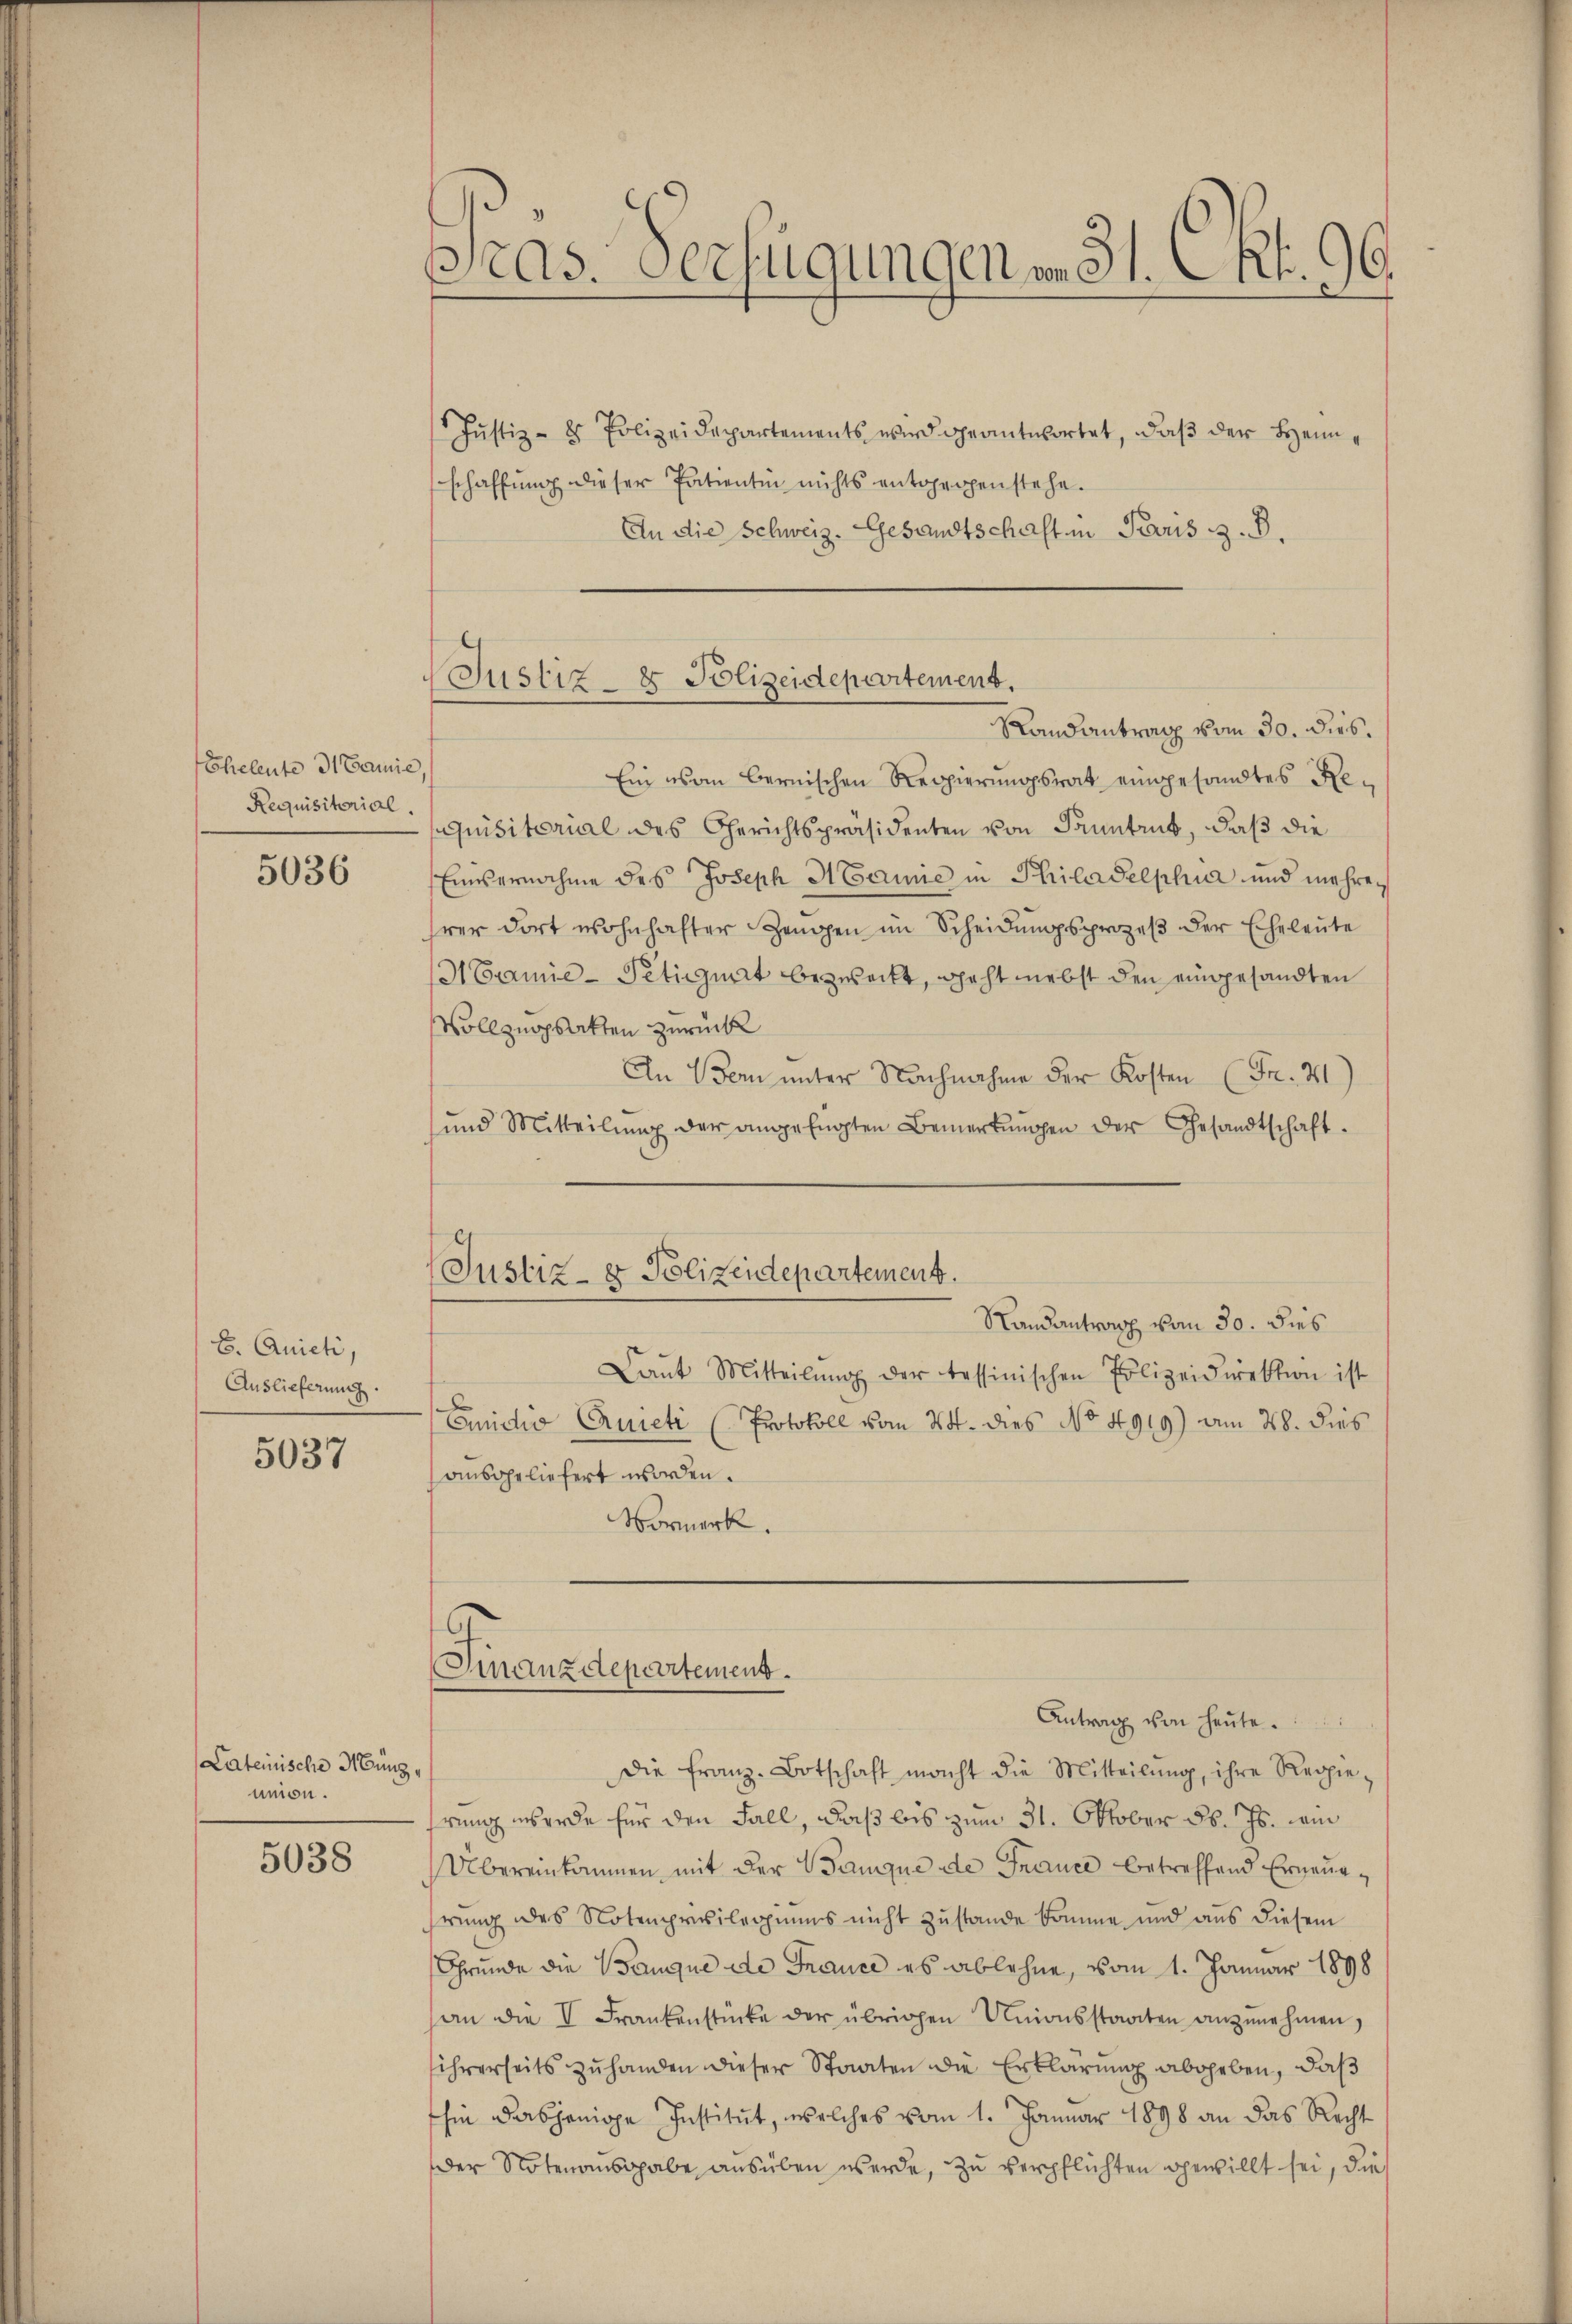
Eheleute 31 Bamie
Requisitorial.

5036

B. Quicti,
Auslieferung.

5037

Lateinische Münzunion.

5038

pnas. Verfügungen vom 31. Okt. 96.

Jŭstiz- & Polizeidepartements wird geantwortet, daβ der Heimschaffŭng dieser Patientin nichts entgegenstehe.
An die Schweiz. Gesandtschaft in Paris z. B.

Justiz- & Polizeidepartement.
Randantrag vom 30. dies.

Ein von Bernischen Regierungsrat eingesandtes Requisitorial des Gerichtspräsidenten von Sanntrut, daß die
Einvernahme des Joseph Hainie in Philadelphia und mehrer
hrer dort wohnhafter Zeugen im Scheidungsprozeβ der Eheleute
H Camie-Petitut bezweckt, geht nebst den eingesandten
Vollzuopsakten zurückl
An Bern unter Nachnahme der Kosten (Fr. 31)
und Mitteilŭng der angefügten Bemerkŭngen der Gesandtschaft-
Justiz- & Polizeidepartement.
Randantrag vom 30. dies
Laut Mitteilŭng der tessinischen Polizeidirektion ist
Emidio Quicti (Protokoll vom 24. dies No 4919) am 28. dies
ausgeliefert worden.
Vormerk.

Finanzdepartement.

Antrag von heute.
die franz-Botschaft macht die Mitteilŭng, ihre Regie-
rung werde für den Fall, daß bis zum 31. Oktober d. Js. wi
Übereinkommen mit der Banque de France betreffend Erneuehrung des Notenprivilegiums nicht zustande komme und aus diesem
Grunde die Banque de France es ablehne, vom 1. Januar 1898
an die I Frankenstücke der übrigen Unionsstaaten anzŭnehmen,
sihrerseits zuhanden dieser Staaten die Erklärung abgeben, daß
hin dasjenige Institut, welches vom 1. Januar 1898 an das Recht
Der Notenausgabe ausüben werde, zu verpflichten gewillt sei, die